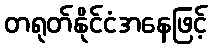
တရုတ်နိုင်ငံအနေဖြင့်